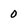
Character: 0